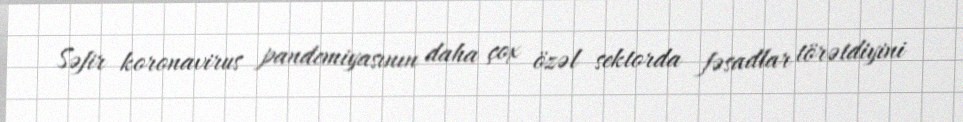
Səfir koronavirus pandemiyasının daha çox özəl sektorda fəsadlar törətdiyini